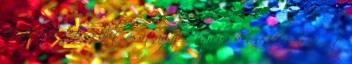
20:40 között a brit csatahajók harcba keveredtek a német